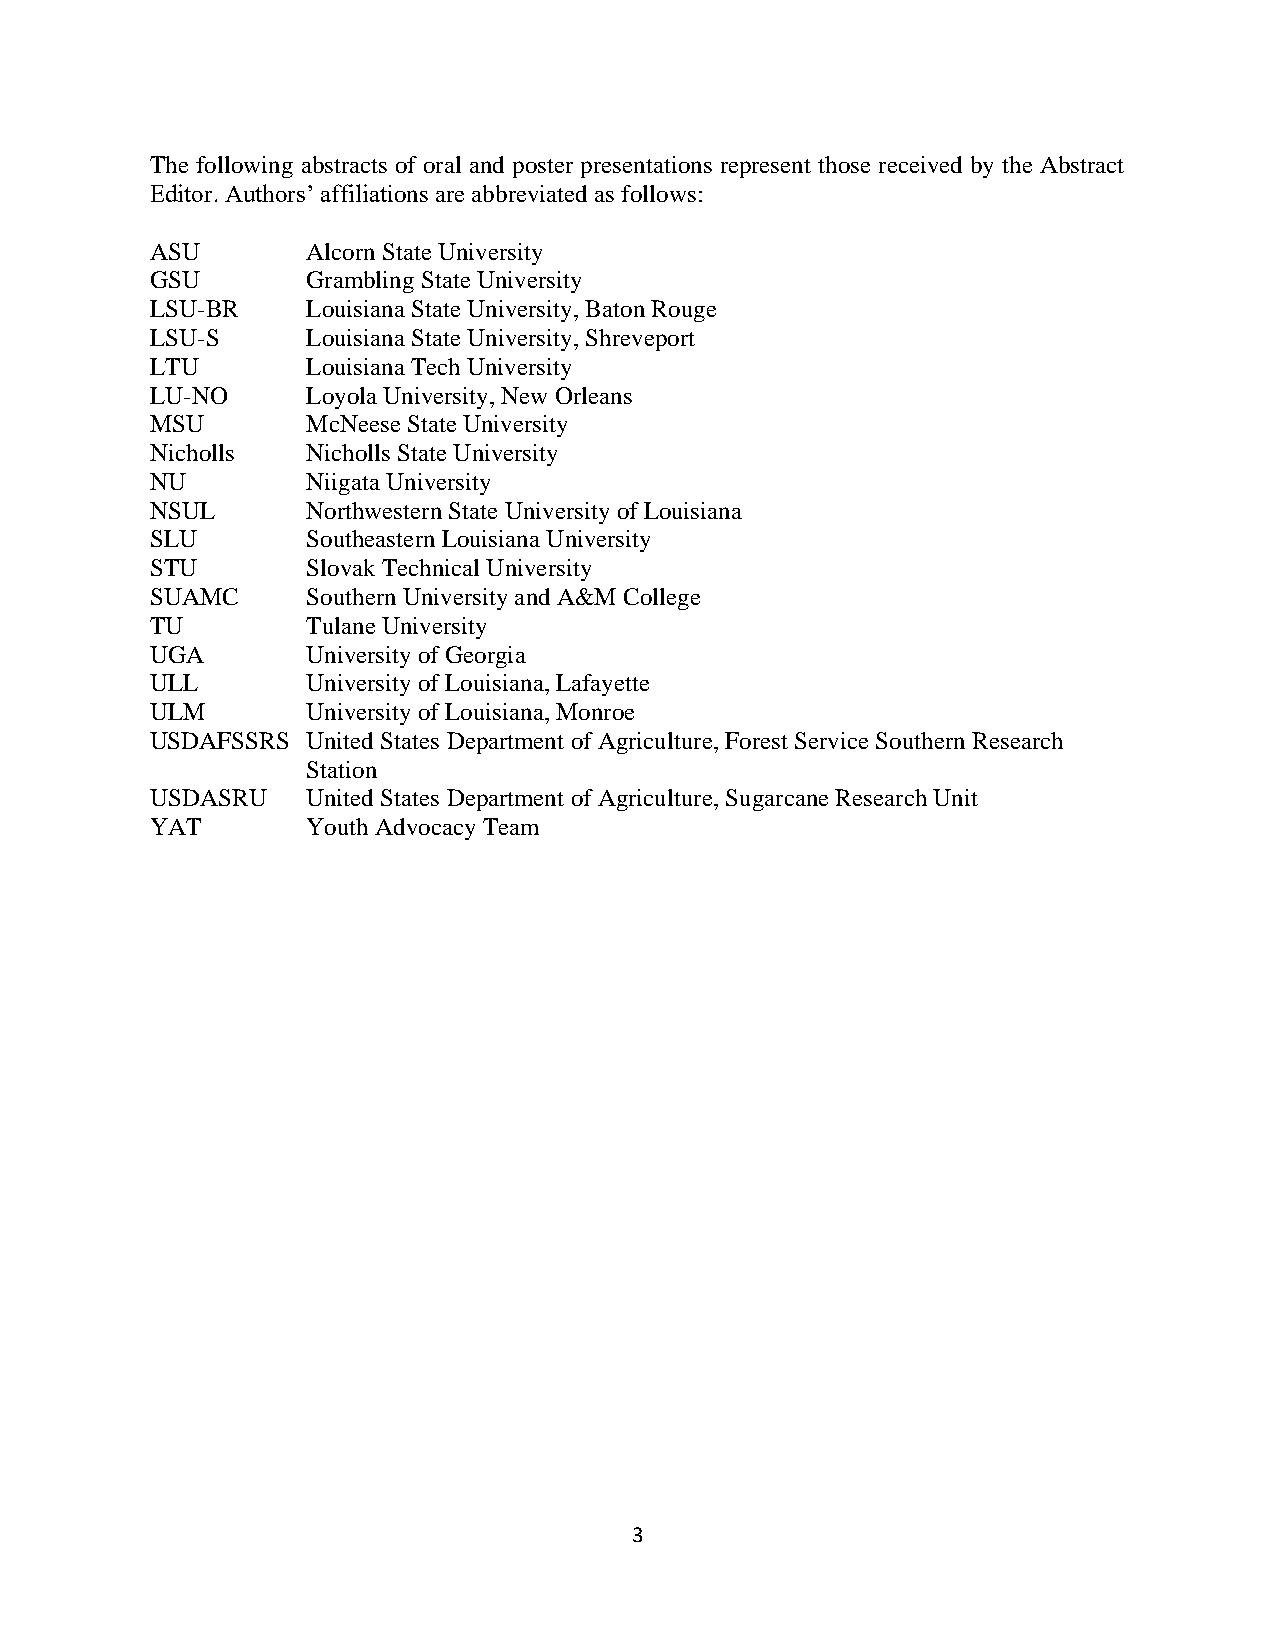
The following abstracts of oral and poster presentations represent those received by the Abstract
 Editor. Authors’ affiliations are abbreviated as follows:
 ASU       Alcorn State University
 GSU       Grambling State University
 LSU-BR    Louisiana State University, Baton Rouge
 LSU-S     Louisiana State University, Shreveport
 LTU       Louisiana Tech University
 LU-NO     Loyola University, New Orleans
 MSU       McNeese State University
 Nicholls  Nicholls State University
 NU        Niigata University
 NSUL      Northwestern State University of Louisiana
 SLU       Southeastern Louisiana University
 STU       Slovak Technical University
 SUAMC     Southern University and A&M College
 TU        Tulane University
 UGA       University of Georgia
 ULL       University of Louisiana, Lafayette
 ULM       University of Louisiana, Monroe
 USDAFSSRS United States Department of Agriculture, Forest Service Southern Research
 Station
 USDASRU   United States Department of Agriculture, Sugarcane Research Unit
 YAT       Youth Advocacy Team
 3